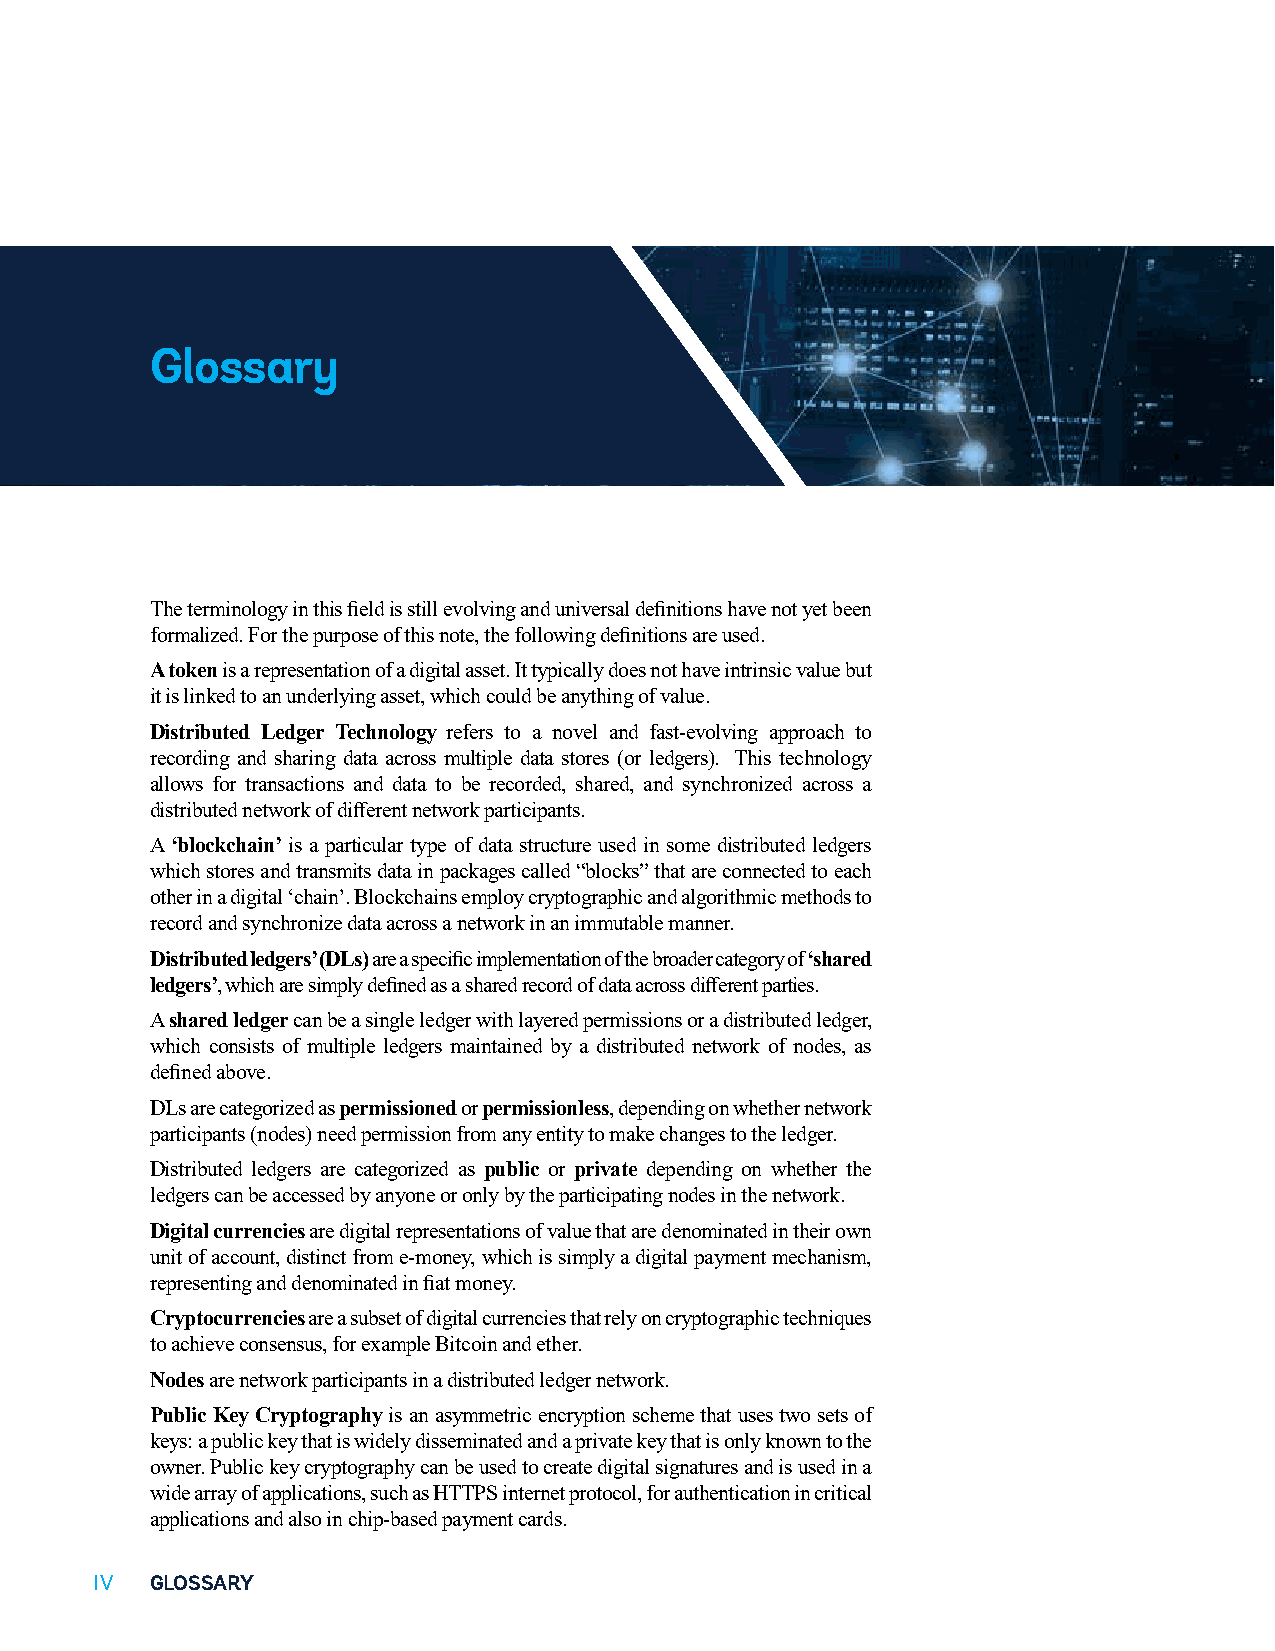
Glossary
 The terminology in this field is still evolving and universal definitions have not yet been
 formalized. For the purpose of this note, the following definitions are used.
 A token is a representation of a digital asset. It typically does not have intrinsic value but
 it is linked to an underlying asset, which could be anything of value.
 Distributed Ledger Technology refers to a novel and fast-evolving approach to
 recording and sharing data across multiple data stores (or ledgers). This technology
 allows for transactions and data to be recorded, shared, and synchronized across a
 distributed network of different network participants.
 A ‘blockchain’ is a particular type of data structure used in some distributed ledgers
 which stores and transmits data in packages called “blocks” that are connected to each
 other in a digital ‘chain’. Blockchains employ cryptographic and algorithmic methods to
 record and synchronize data across a network in an immutable manner.
 Distributed ledgers’ (DLs) are a specific implementation of the broader category of ‘shared
 ledgers’, which are simply defined as a shared record of data across different parties.
 A shared ledger can be a single ledger with layered permissions or a distributed ledger,
 which consists of multiple ledgers maintained by a distributed network of nodes, as
 defined above.
 DLs are categorized as permissioned or permissionless, depending on whether network
 participants (nodes) need permission from any entity to make changes to the ledger.
 Distributed ledgers are categorized as public or private depending on whether the
 ledgers can be accessed by anyone or only by the participating nodes in the network.
 Digital currencies are digital representations of value that are denominated in their own
 unit of account, distinct from e-money, which is simply a digital payment mechanism,
 representing and denominated in fiat money.
 Cryptocurrencies are a subset of digital currencies that rely on cryptographic techniques
 to achieve consensus, for example Bitcoin and ether.
 Nodes are network participants in a distributed ledger network.
 Public Key Cryptography is an asymmetric encryption scheme that uses two sets of
 keys: a public key that is widely disseminated and a private key that is only known to the
 owner. Public key cryptography can be used to create digital signatures and is used in a
 wide array of applications, such as HTTPS internet protocol, for authentication in critical
 applications and also in chip-based payment cards.
 IV  GLOSSARY